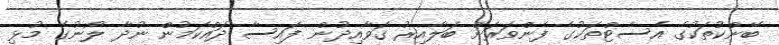
ބޭންކުތަކުގެ އެސެޓްތަކުގެ ފެންވަރަށް ބަލާއިރު ގަވާއިދުން ފައިސާ ދައްކަމުން ނުދާ ލޯނުގެ މުޅި